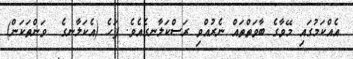
އެއްކަމުގައި މޭވާގެ ބާވަތްތައް ނެރުއްވި ރަސްކަލާނގެއެވެ. ފަހެ (އެކަލާނގެ  ވަންތަކަން)